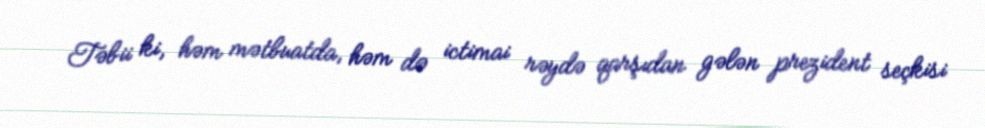
Təbii ki, həm mətbuatda, həm də ictimai rəydə qarşıdan gələn prezident seçkisi